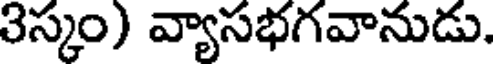
3స్కం) వ్యాసభగవానుడు.